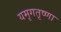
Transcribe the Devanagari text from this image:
यमृगतृष्णा